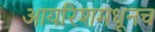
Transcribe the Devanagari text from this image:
आयरिशमधूनच